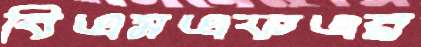
বিএমএফএর